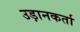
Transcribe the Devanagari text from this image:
उड़ानकर्ता